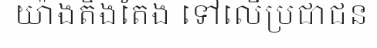
យ៉ាងតឹងតែង ទៅលើប្រជាជន